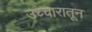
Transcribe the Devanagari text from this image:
उच्चारातून